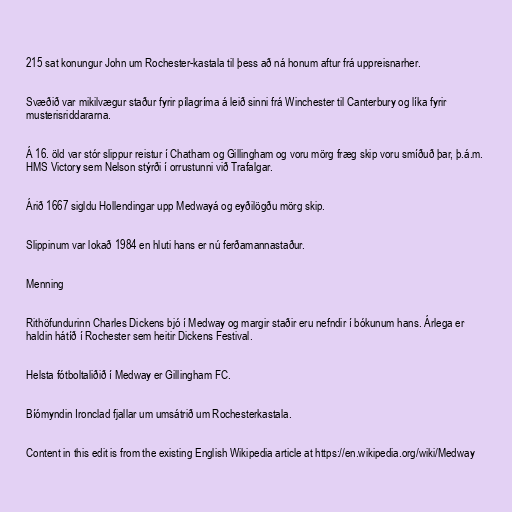
215 sat konungur John um Rochester-kastala til þess að ná honum aftur frá uppreisnarher.

Svæðið var mikilvægur staður fyrir pílagríma á leið sinni frá Winchester til Canterbury og líka fyrir
musterisriddararna.

Á 16. öld var stór slippur reistur í Chatham og Gillingham og voru mörg fræg skip voru smíðuð þar, þ.á.m.
HMS Victory sem Nelson stýrði í orrustunni við Trafalgar.

Árið 1667 sigldu Hollendingar upp Medwayá og eyðilögðu mörg skip.

Slippinum var lokað 1984 en hluti hans er nú ferðamannastaður.

Menning

Rithöfundurinn Charles Dickens bjó í Medway og margir staðir eru nefndir í bókunum hans. Árlega er
haldin hátíð í Rochester sem heitir Dickens Festival.

Helsta fótboltaliðið í Medway er Gillingham FC.

Bíómyndin Ironclad fjallar um umsátrið um Rochesterkastala.

Content in this edit is from the existing English Wikipedia article at https://en.wikipedia.org/wiki/Medway